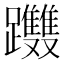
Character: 𨈂